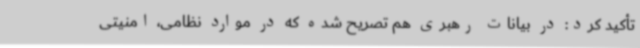
تأکید کرد: در بیانات رهبری هم تصریح شده که در موارد نظامی، امنیتی